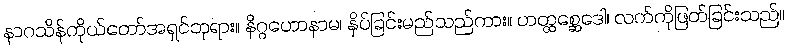
နာဂသိန်ကိုယ်တော်အရှင်ဘုရား။ နိဂ္ဂဟောနာမ၊ နှိပ်ခြင်းမည်သည်ကား။ ဟတ္ထစ္ဆေဒေါ၊ လက်ကိုဖြတ်ခြင်းသည်။